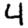
Digit: 4